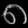
Digit: ၈